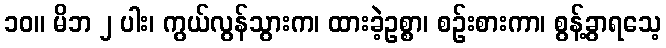
၁၀။ မိဘ ၂ ပါး၊ ကွယ်လွန်သွားက၊ ထားခဲ့ဥစ္စာ၊ စဉ်းစားကာ၊ စွန့်ခွာရသေ့